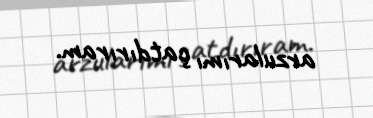
arzularımı çatdırıram.